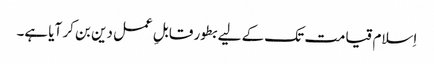
اِسلام قیامت تک کے لیے بطور قابلِ عمل دین بن کر آیا ہے۔